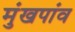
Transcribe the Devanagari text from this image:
मुंखपांव